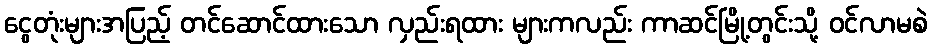
ငွေတုံးများအပြည့် တင်ဆောင်ထားသော လှည်းရထား များကလည်း ကာဆင်မြို့တွင်းသို့ ဝင်လာမစဲ